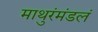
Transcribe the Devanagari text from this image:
माथुरंमंडलं